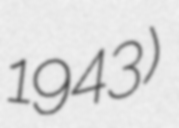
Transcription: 1943)